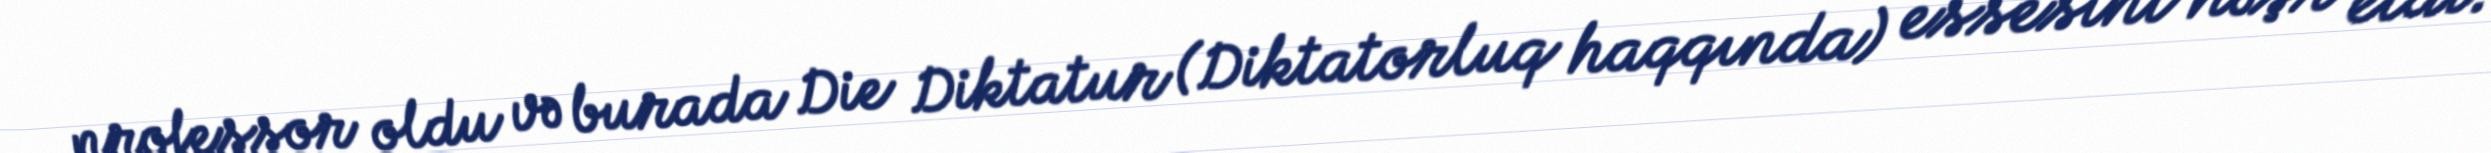
professor oldu və burada Die Diktatur (Diktatorluq haqqında) essesini nəşr etdi.